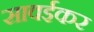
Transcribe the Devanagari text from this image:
सावईकर